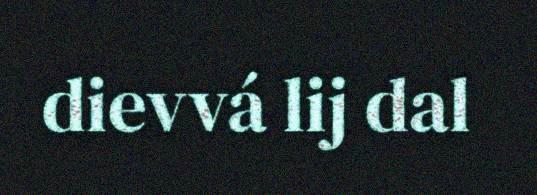
dievvá lij dal